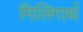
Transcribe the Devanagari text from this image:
मिलिगार्थ